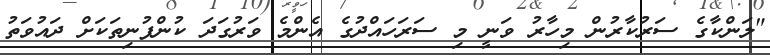
"ލަންކާގެ ސަރުކާރުން މިހާރު ވަނީ މި ސަރަހައްދުގެ އެންމެ ވަރުގަދަ ކުންފުނިތަކަށް ދައުވަތު